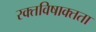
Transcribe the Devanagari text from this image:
रक्तविषाक्तता